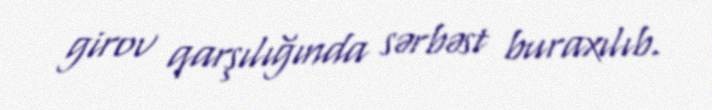
girov qarşılığında sərbəst buraxılıb.